Source: Handwritten
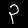
Digit: ၃ (3)